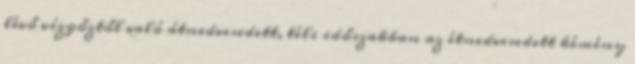
lévő vízgőztől való átnedvesedett, téli időszakban az étnedvesedett kémény